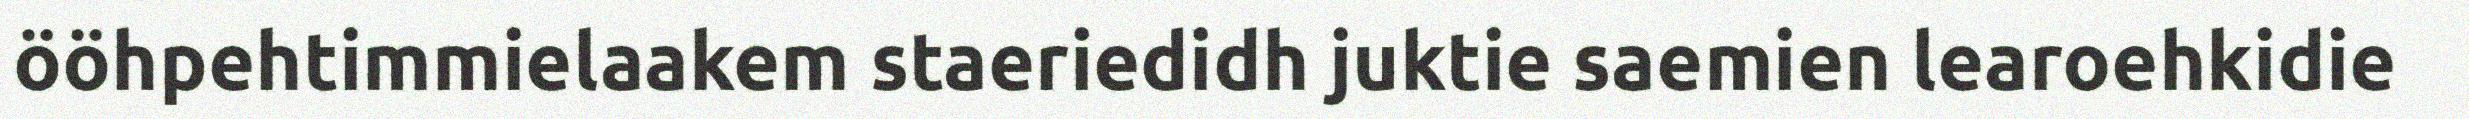
ööhpehtimmielaakem staeriedidh juktie saemien learoehkidie